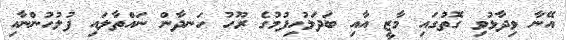
އޭނާ ވިދާޅުވި ގޮތުގައި މާޒީ އާއި ބަދަލުހިފުމުގެ ރޫހު ހަނދާން ނައްތާލައި ފުލުހުންނާއި